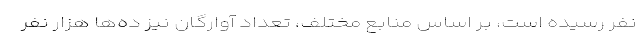
نفر رسیده است، بر اساس منابع مختلف، تعداد آوارگان نیز ده‌ها هزار نفر